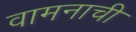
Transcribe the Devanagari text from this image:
वामनाची